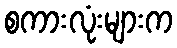
စကားလုံးများက